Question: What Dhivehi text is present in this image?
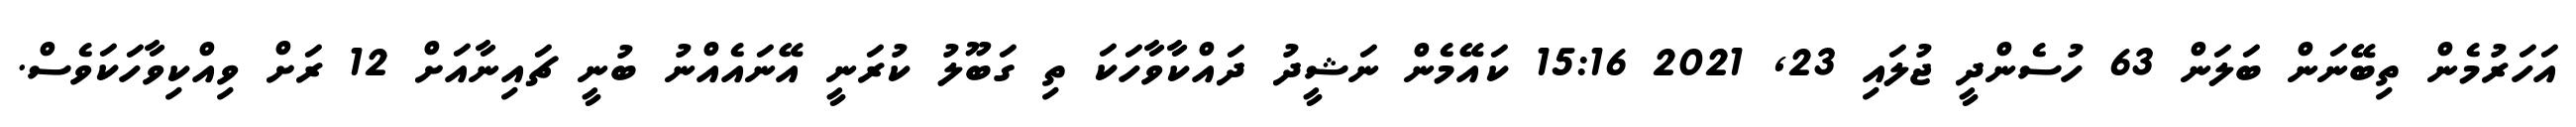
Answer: އަހަރުމެން ތިބޭނަން ބަލަން 63 ހުސެންދީ ޖުލައި 23, 2021 15:16 ކައޭމެން ނަޝީދު ދައްކާވާހަކަ ތި ގަބޫލު ކުރަނީ އޭނައެއްނު ބުނީ ޗައިނާއަށް 12 ރަށް ވިއްކިވާހަކަވެސް.